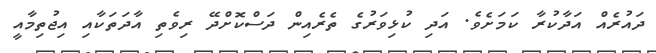
ދައުރެއް އަދާކުރާ ކަމަށެވެ. އަދި ކުޅިވަރުގެ ތެރެއިން ދަސްކޮށްދޭ ރިވެތި އާދަތަކާއި އިޖުތިމާއީ